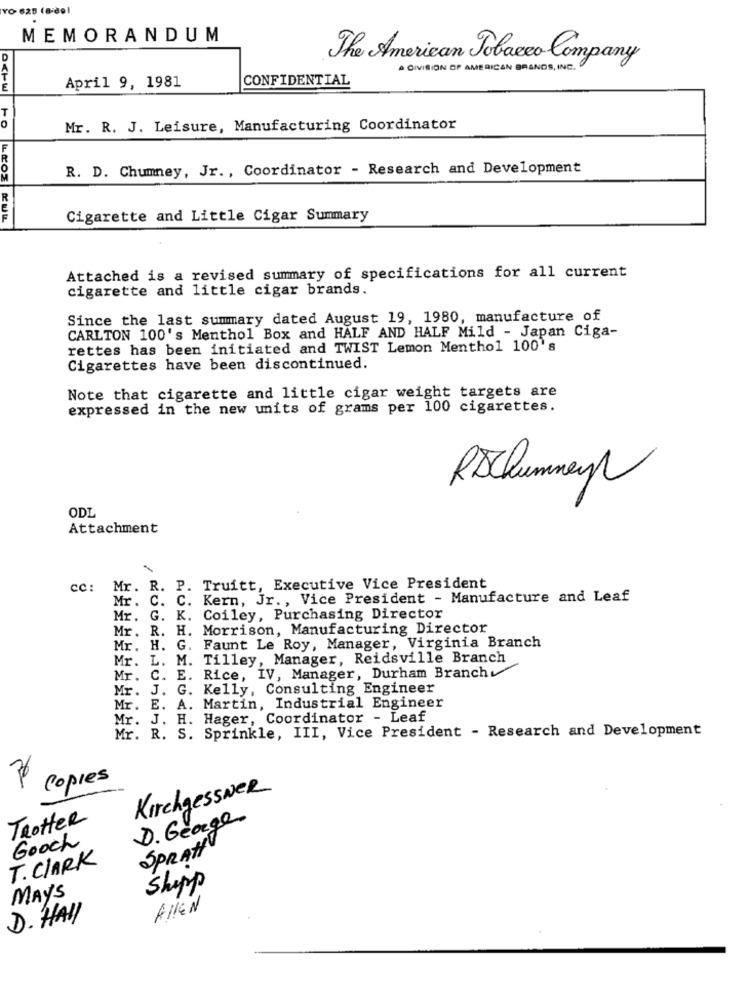
YO 625 (a-de!
MEMORANDUM
The American Tobacco Company
A DIVISION OF AMERICAN BRANDS, INC.
CONFIDENTIAL
E
April 9, 1981
0
Mr. R. J. Leisure, Manufacturing Coordinator
R. D. Chumney, Jr ., Coordinator - Research and Development
LEOE KUL
Cigarette and Little Cigar Summary
Attached is a revised summary of specifications for all current
cigarette and little cigar brands.
Since the last summary dated August 19, 1980, manufacture of
CARLTON 100's Menthol Box and HALF AND HALF Mild - Japan Ciga-
rettes has been initiated and TWIST Lemon Menthol 100's
Cigarettes have been discontinued.
Note that cigarette and little cigar weight targets are
expressed in the new units of grams per 100 cigarettes.
RSChimney
ODL
Attachment
cc: Mr. R. P. Truitt, Executive Vice President
Mr.
C. C. Kern, Jr ., Vice President - Manufacture and Leaf
Mr. G. K. Coiley, Purchasing Director
Mr. R. H. Morrison, Manufacturing Director
Mr. H. G.
Faunt Le Roy, Manager, Virginia Branch
Tilley, Manager, Reidsville Branch
Mr. L. M.
Rice, IV, Manager, Durham Branch
Mr.
C. E.
Mr. J. G.
Kelly, Consulting Engineer
Mr. E. A. Martin, Industrial Engineer
Mr. J. H. Hager, Coordinator - Leaf
Mr. R. S. Sprinkle, III, Vice President - Research and Development
Copies
KirchgessweR
TrotteR
D. George
Gooch
SPRAtt
T. CLARK
Shopp
MAYS
ALIEN
D. HALL